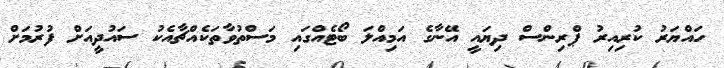
ހައްޔަރު ކުރިއިރު ޕްރިންސް ދިޔައީ އޭނާގެ އަމިއްލަ ބޯޓެއްގައި މަސްތުވާތަކެއްޗާއެކު ސައުދީއަށް ފުރުމަށް